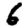
Digit: 6